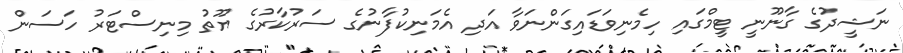
ނަޝީދުގެ ގާނޫނީ ޓީމްގައި ހިމެނިވަޑައިގަންނަވާ އަދި އެމަނިކުފާނުގެ ސަރުކާރުގެ ޔޫތު މިނިސްޓަރު ހަސަން